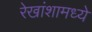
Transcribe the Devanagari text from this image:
रेखांशामध्ये